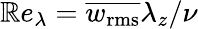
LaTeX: \mathbb{R}e_{\lambda}=\overline{{{w_{\mathrm{{rms}}}}}}\lambda_{z}/\nu